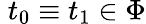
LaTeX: \; t_{0}\equiv t_{1}\in\Phi